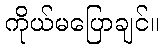
ကိုယ်မပြောချင်။